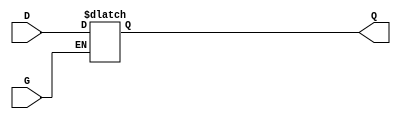
module gated_latch (
    input wire D,      // Data input
    input wire G,      // Gate control signal
    output reg Q       // Output that holds the value
);

    always @* begin
        if (G) begin
            // When G is HIGH, the latch is transparent, output follows input
            Q = D;
        end
        // When G is LOW, Q retains its previous value (hold state)
    end

endmodule